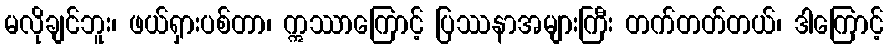
မလိုချင်ဘူး၊ ဖယ်ရှားပစ်တာ၊ ဣဿာကြောင့် ပြဿနာအများကြီး တက်တတ်တယ်၊ ဒါကြောင့်